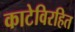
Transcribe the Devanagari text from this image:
काटेविरहित